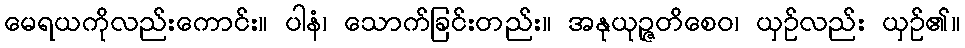
မေရယကိုလည်းကောင်း။ ပါနံ၊ သောက်ခြင်းတည်း။ အနုယုဉ္ဇတိစေဝ၊ ယှဉ်လည်း ယှဉ်၏။